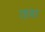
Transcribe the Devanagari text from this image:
तावा